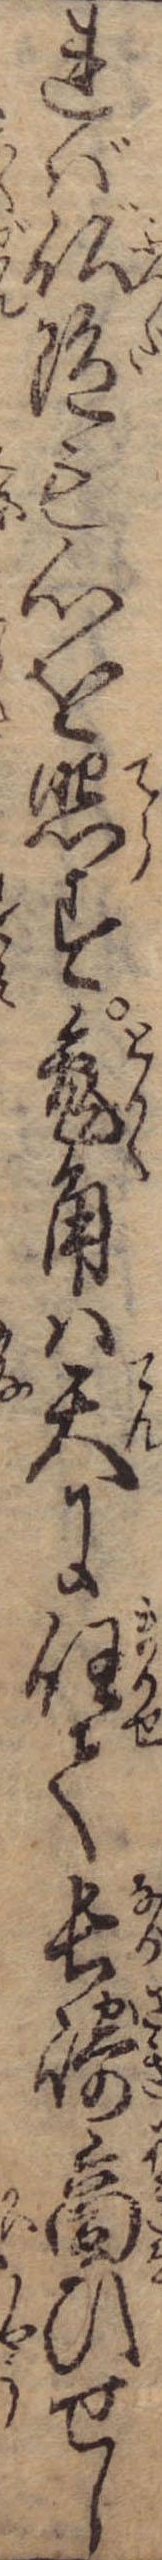
れば仏陀も心を照す兎角は天に任て長崎商ひせし